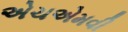
એચએમવી